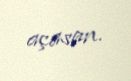
açasan.